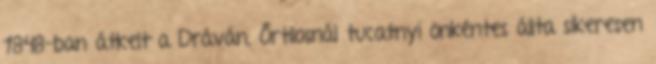
1848-ban átkelt a Dráván, Őrtilosnál tucatnyi önkéntes állta sikeresen